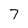
Character: 7